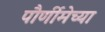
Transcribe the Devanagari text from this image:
पौर्णीमेच्या